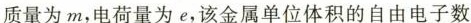
质量为m，电荷量为e，该金属单位体积的自由电子数